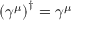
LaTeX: \left( \gamma ^ { \mu } \right) ^ { \dagger } = \gamma ^ { \mu }